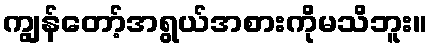
ကျွန်တော့်အရွယ်အစားကိုမသိဘူး။